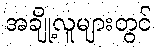
အချို့လူများတွင်